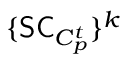
\{ \mathsf { S C } _ { C _ { p } ^ { t } } \} ^ { k }